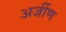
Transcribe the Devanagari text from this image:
अर्जीण